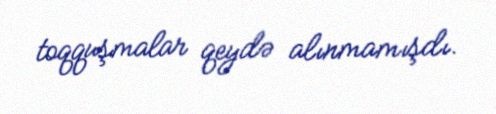
toqquşmalar qeydə alınmamışdı.